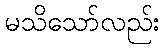
မသိသော်လည်း